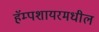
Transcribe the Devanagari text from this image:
हॅम्पशायरमधील